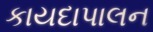
કાયદાપાલન